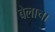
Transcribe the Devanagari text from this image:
बेलाचा